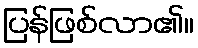
ပြန်ဖြစ်လာ၏။